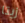
زيتا